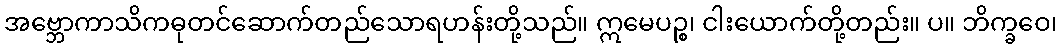
အဗ္ဘောကာသိကဓုတင်ဆောက်တည်သောရဟန်းတို့သည်။ ဣမေပဉ္စ၊ ငါးယောက်တို့တည်း။ ပ။ ဘိက္ခဝေ၊